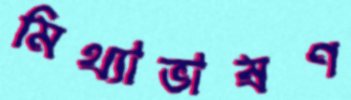
মিথ্যাভাষণ